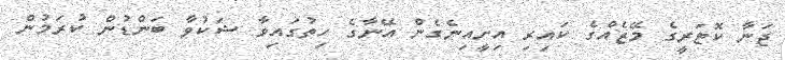
ޖަނާ ކޮޓަރީގެ މޭޒެއްގެ ކައިރި އިށީއިނެގެން އޭނާގެ ހިތުގައިވާ ޝަކުވާ ބަންޑުން ކުރަމުން